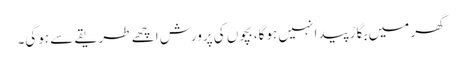
گھر میں بگاڑ پیدا نہیں ہوگا، بچوں کی پرورش اچھے طریقے سے ہوگی۔